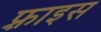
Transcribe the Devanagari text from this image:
फ़्राइस